system: You are a helpful assistant.
user:
Analyze the provided spectrum to determine if it is a **M-type Giant (gM)**.

A M-type Giant spectrum is defined by its **strong molecular absorption** features, particularly from **Titanium Oxide (TiO)**. You must check for one of the following mutually exclusive signatures:

- **Key Visual Indicators (Absorption-Dominated Spectrum):**

    - **(Primary):** The spectrum is dominated by strong molecular absorption from **Titanium Oxide (TiO)**. This is the **defining feature** of its M-type temperature class.
        - **(Key Bandheads):** Look for sharp, "saw-tooth" absorption valleys. The strongest are located near **~7050 Å**, **~6160 Å**, and **~5170 Å**.
        - **(Line Profile):** The "saw-tooth" morphology is critical: a **sharp, steep drop on the BLUE (short-wavelength) side** of the bandhead, followed by a gradual recovery (rising flux) towards the RED (long-wavelength) side.

    - **(Key Confirmation - Giant vs. Dwarf):** **ABSENCE** of strong **Calcium Hydride (CaH)** molecular bands. This is the primary diagnostic for *excluding* M-dwarfs.
        - **(Key Region):** The spectrum should lack the strong, broad absorption band seen in dwarfs between **~6800 Å and ~7000 Å**.

    - **(Secondary Confirmation - Giant):** A very strong and broad **Neutral Calcium (Ca I)** atomic absorption line.
        - **(Key Line):** Located at **~4226 Å**. In a giant (gM), this line is significantly deeper and broader than the same line in an M-dwarf (dM) due to low surface gravity.

    - **(Overall Spectrum):**
        - The continuum is **extremely red-sloping** (i.e., flux is very low in the blue and rises dramatically towards the red).
        - The entire spectrum appears "chopped up" by the deep TiO bands.

Think first, call **spectral_visualization_tool** if needed to examine features in detail, then provide your final answer. Your response must adhere to the following strict rules:
1.  **Overall Structure:** Your response must follow the format `<think>...</think> <tool_call>...</tool_call> (if a tool is used) <answer>...</answer>`.
2.  **Tool Usage Constraint:** You may only make **one** tool call per turn.
3.  **Final Answer Format:** In the `<answer>` tag, your conclusion must be inside a `\boxed{}` command (e.g., `\boxed{YES}` or `\boxed{NO}`), followed by your justification.

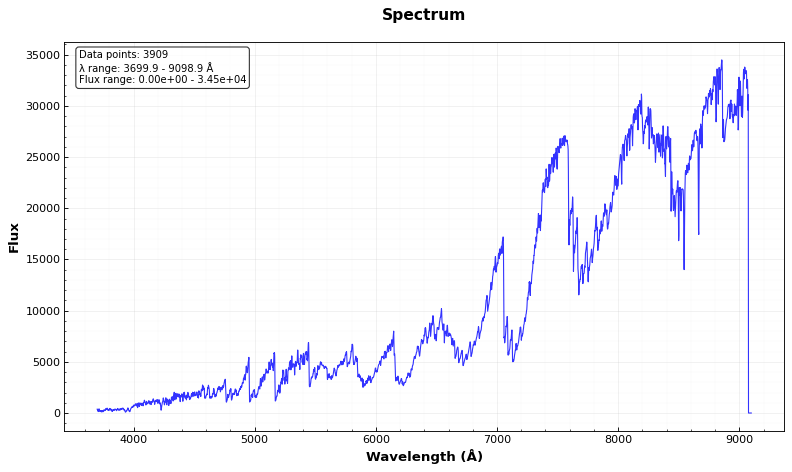
Answer: YES